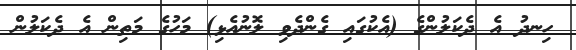
ހިނދު އެ ދެކަލުންގެ (އެކުގައި ގެންދެވި ލޮނުއެޅި) މަހުގެ މަތިން އެ ދެކަލުން